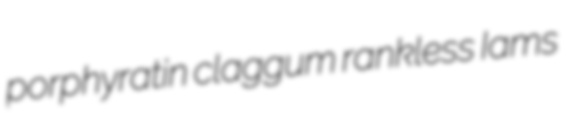
porphyratin claggum rankless Iams